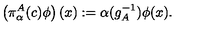
\left( \pi _ { \alpha } ^ { A } ( c ) \phi \right) ( x ) : = \alpha ( g _ { A } ^ { - 1 } ) \phi ( x ) .